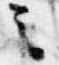
之